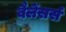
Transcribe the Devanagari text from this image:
बैलेंसर्स